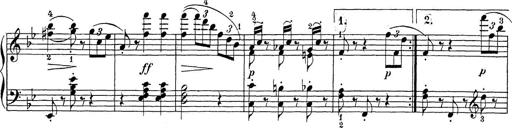
Title: Sonatina Album
Composer: Louis KÃ¶hler